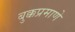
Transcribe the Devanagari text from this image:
बुक्कप्रमाणे